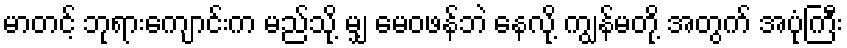
မာတင့် ဘုရားကျောင်းက မည်သို့ မျှ မေဝဖန်ဘဲ နေလို့ ကျွန်မတို့ အတွက် အပုံကြီး